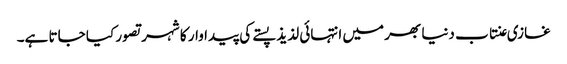
غازی عنتاب دنیا بھر میں انتہائی لذیذ پستے کی پیداوار کا شہر تصور کیا جاتا ہے۔